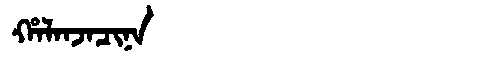
Manchu: ᡥᠠᠯᠠᠨᠵᠠᠴᡳᠨᠠ
Romanization: HALANJACINA